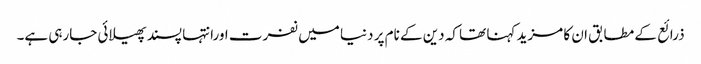
ذرائع کے مطابق ان کا مزید کہنا تھا کہ دین کے نام پر دنیا میں نفرت اورانتہا پسند پھیلائی جارہی ہے۔